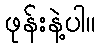
ဖုန်းနဲ့ပါ။